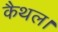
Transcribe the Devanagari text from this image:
कैथल।